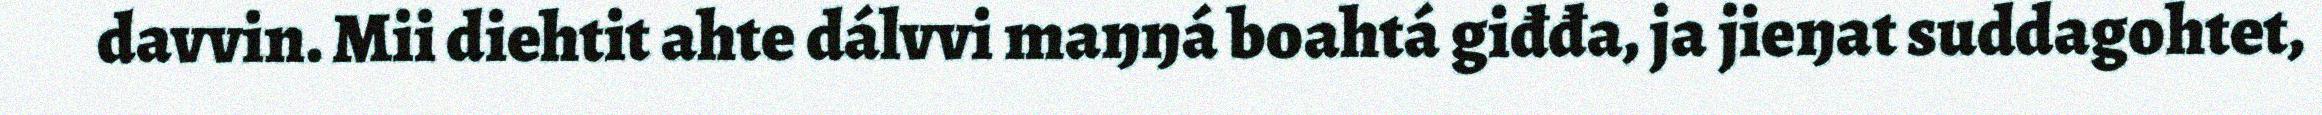
davvin. Mii diehtit ahte dálvvi maŋŋá boahtá giđđa, ja jieŋat suddagohtet,